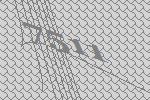
7511